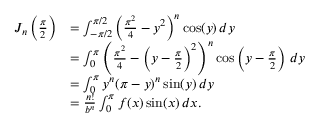
{ \begin{array} { r l } { J _ { n } \left( { \frac { \pi } { 2 } } \right) } & { = \int _ { - \pi / 2 } ^ { \pi / 2 } \left( { \frac { \pi ^ { 2 } } { 4 } } - y ^ { 2 } \right) ^ { n } \cos ( y ) \, d y } \\ & { = \int _ { 0 } ^ { \pi } \left( { \frac { \pi ^ { 2 } } { 4 } } - \left( y - { \frac { \pi } { 2 } } \right) ^ { 2 } \right) ^ { n } \cos \left( y - { \frac { \pi } { 2 } } \right) \, d y } \\ & { = \int _ { 0 } ^ { \pi } y ^ { n } ( \pi - y ) ^ { n } \sin ( y ) \, d y } \\ & { = { \frac { n ! } { b ^ { n } } } \int _ { 0 } ^ { \pi } f ( x ) \sin ( x ) \, d x . } \end{array} }